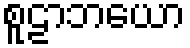
စူဠာဘယော